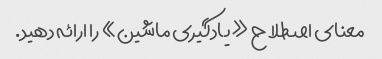
معنای اصطلاح «یادگیری ماشین» را ارائه دهید.